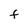
Character: F